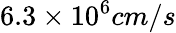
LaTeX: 6.3\times 10^{6}cm/s